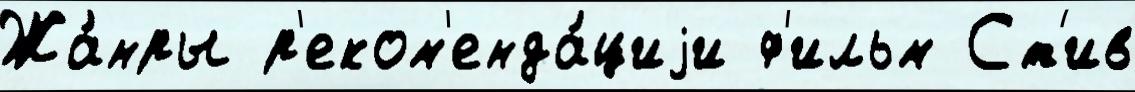
Жа́нры р'еком'енда́циjи ф'ильм Ст'ив